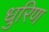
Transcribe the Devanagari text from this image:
धुरिण